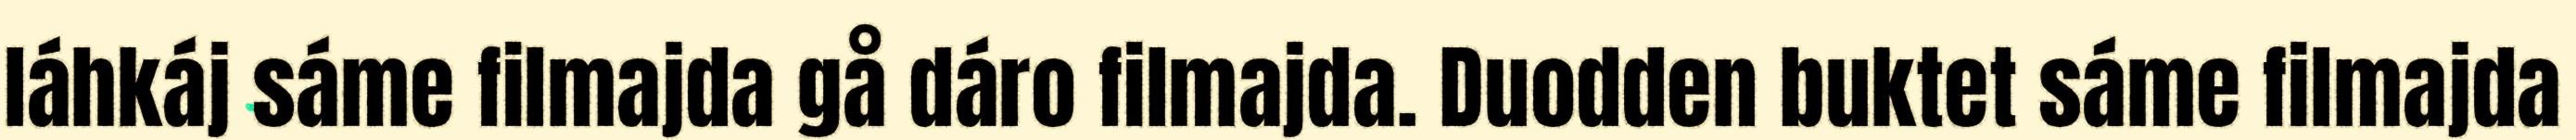
láhkáj sáme filmajda gå dáro filmajda. Duodden buktet sáme filmajda